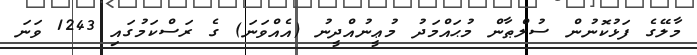
މާލޭގެ ފަޅުކޮނުން ސުލްޠާން މުޙައްމަދު މުޢީނުއްދީނު (އެއްވަނަ) ގެ ރަސްކަމުގައި 1243 ވަނަ